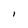
Character: I